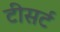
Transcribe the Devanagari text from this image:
टीसर्ट